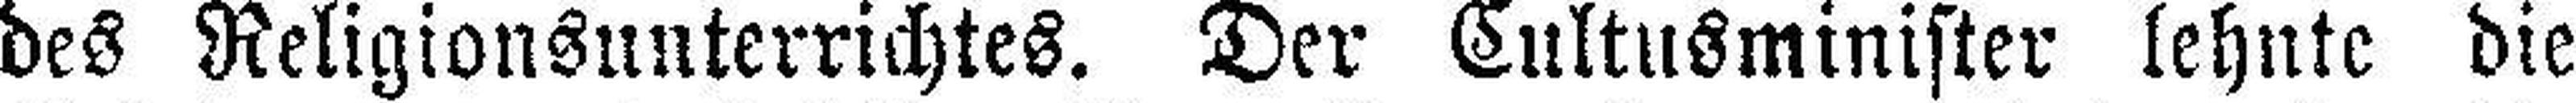
des Religionsunterrichtes. Der Cultusminister lehnte die